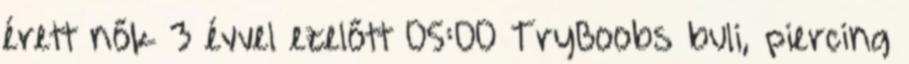
érett nők 3 évvel ezelőtt 05:00 TryBoobs buli, piercing